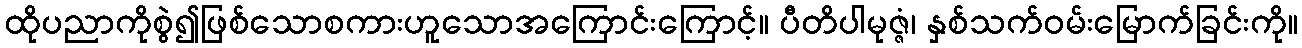
ထိုပညာကိုစွဲ၍ဖြစ်သောစကားဟူသောအကြောင်းကြောင့်။ ပီတိပါမုဇ္ဇံ၊ နှစ်သက်ဝမ်းမြောက်ခြင်းကို။